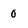
Character: 0